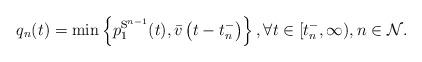
LaTeX: \begin{align*}q_{n}(t)=\min\left\{ p_{1}^{\mbox{s}^{n-1}}(t),\bar{v}\left(t-t_{n}^{-}\right)\right\} ,\forall t\in[t_{n}^{-},\infty),n\in\mathcal{N}.\end{align*}